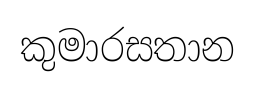
කුමාරසතාන